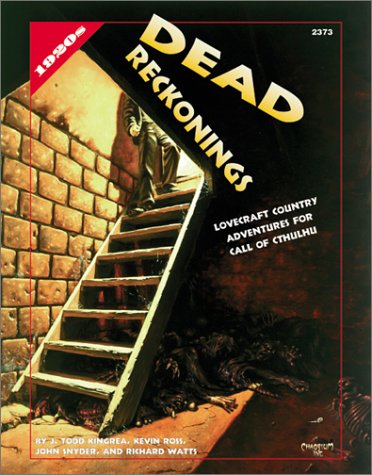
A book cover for Dead Reckonings (Call of Cthulhu Roleplaying Game); Kevin Ross; Science Fiction & Fantasy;